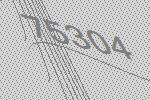
75304